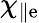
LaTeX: \chi_{\parallel\mathrm{e}}